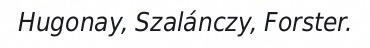
Hugonay, Szalánczy, Forster.